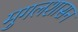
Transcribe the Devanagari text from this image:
मुगलशासन